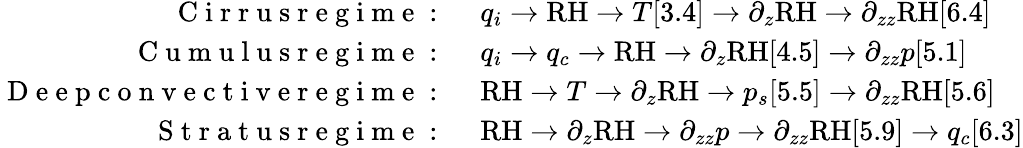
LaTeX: \begin{array}{rl}{\mathrm{~C~i~r~r~u~s~r~e~g~i~m~e~:~}}&{{}q_{i}\rightarrow\mathrm{RH}\rightarrow T[3.4]\rightarrow\partial_{z}\mathrm{RH}\rightarrow\partial_{zz}\mathrm{RH}[6.4]}\\ {\mathrm{~C~u~m~u~l~u~s~r~e~g~i~m~e~:~}}&{{}q_{i}\rightarrow q_{c}\rightarrow\mathrm{RH}\rightarrow\partial_{z}\mathrm{RH}[4.5]\rightarrow\partial_{zz}p[5.1]}\\ {\mathrm{~D~e~e~p~c~o~n~v~e~c~t~i~v~e~r~e~g~i~m~e~:~}}&{{}\mathrm{RH}\rightarrow T\rightarrow\partial_{z}\mathrm{RH}\rightarrow p_{s}[5.5]\rightarrow\partial_{zz}\mathrm{RH}[5.6]}\\ {\mathrm{~S~t~r~a~t~u~s~r~e~g~i~m~e~:~}}&{{}\mathrm{RH}\rightarrow\partial_{z}\mathrm{RH}\rightarrow\partial_{zz}p\rightarrow\partial_{zz}\mathrm{RH}[5.9]\rightarrow q_{c}[6.3]}\end{array}